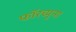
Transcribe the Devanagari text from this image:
फॉरच्युना